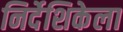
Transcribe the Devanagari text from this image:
निर्देशिकेला